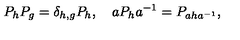
P _ { h } P _ { g } = \delta _ { h , g } P _ { h } , \quad a P _ { h } a ^ { - 1 } = P _ { a h a ^ { - 1 } } ,